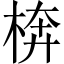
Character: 𱣥